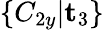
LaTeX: \{ C_{2y}|\mathbf{t}_{3}\}